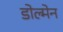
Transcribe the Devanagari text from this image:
डोल्मेन